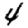
Digit: 4